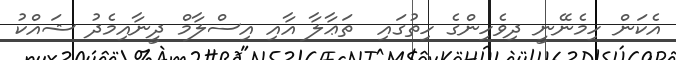
އެކަން ހިމެނޭނީ ދިވެހިންގެ ހިތުގައި  ތަޢާލާ އާއި އިސްލާމް ދީނާއިމެދު ޝައްކު